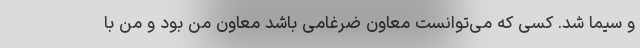
و سیما شد. کسی که می‌توانست معاون ضرغامی باشد معاون من بود و من با